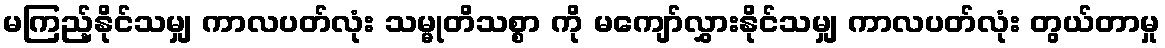
မကြည့်နိုင်သမျှ ကာလပတ်လုံး သမ္မုတိသစ္စာ ကို မကျော်လွှားနိုင်သမျှ ကာလပတ်လုံး တွယ်တာမှု